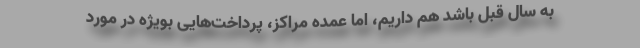
به سال قبل باشد هم داریم، اما عمده مراکز، پرداخت‌هایی بویژه در مورد